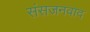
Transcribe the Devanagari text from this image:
संसजनवाद